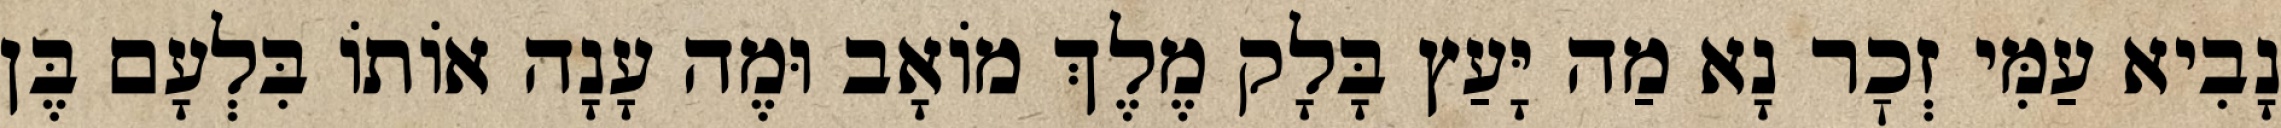
נָבִיא עַמִּי זְכׇר נָא מַה יָּעַץ בָּלָק מֶלֶךְ מוֹאָב וּמֶה עָנָה אוֹתוֹ בִּלְעָם בֶּן